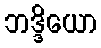
ဘဒ္ဒိယော